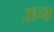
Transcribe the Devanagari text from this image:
ऊच